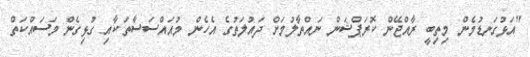
"އަޅުގަނޑުމެން މިތިބީ ރާއްޖޭން ކޮރަޕްޝަން ނައްތާލުމަށް ދައުލަތުގެ އެހެން މުއައްސަސާތަކާއި ގުޅިގެން މަސައްކަތް